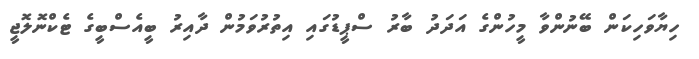
ހިޔާވަހިކަން ބޭނުންވާ މީހުންގެ އަދަދު ބާރު ސްޕީޑުގައި އިތުރުވަމުން ދާއިރު ބީއެސްބީގެ ޓެކްނޮލޮޖީ